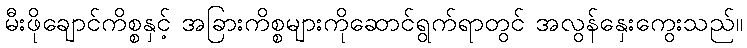
မီးဖိုချောင်ကိစ္စနှင့် အခြားကိစ္စများကိုဆောင်ရွက်ရာတွင် အလွန်နှေးကွေးသည်။